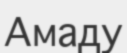
Амаду